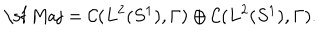
LaTeX: \mathrm { \sf ~ M a j } = { \cal C } ( L ^ { 2 } ( S ^ { 1 } ) , \Gamma ) \oplus { \cal C } ( L ^ { 2 } ( S ^ { 1 } ) , \Gamma ) .